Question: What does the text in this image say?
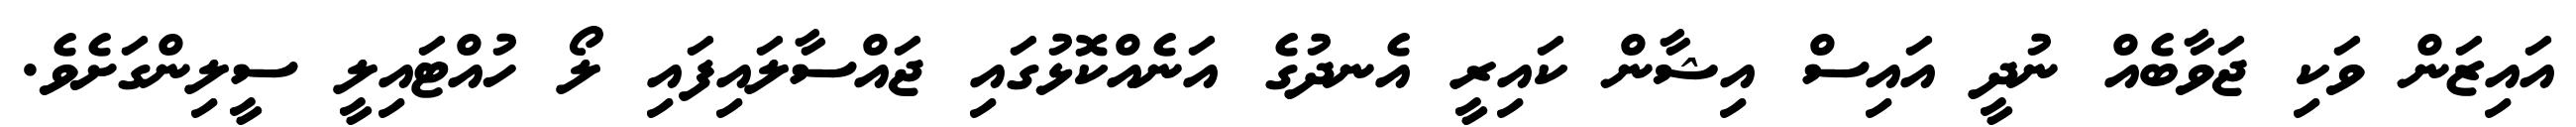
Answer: އައިޒަން ވަކި ޖަވާބެއް ނުދީ އައިސް އިޝާން ކައިރީ އެނދުގެ އަނެއްކޮޅުގައި ޖައްސާލައިފައި ލޯ ހުއްޓައިލީ ސީލިންގަށެވެ.